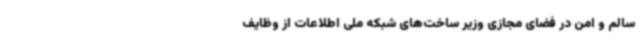
سالم و امن در فضای مجازی وزیر ساخت‌های شبکه ملی اطلاعات از وظایف